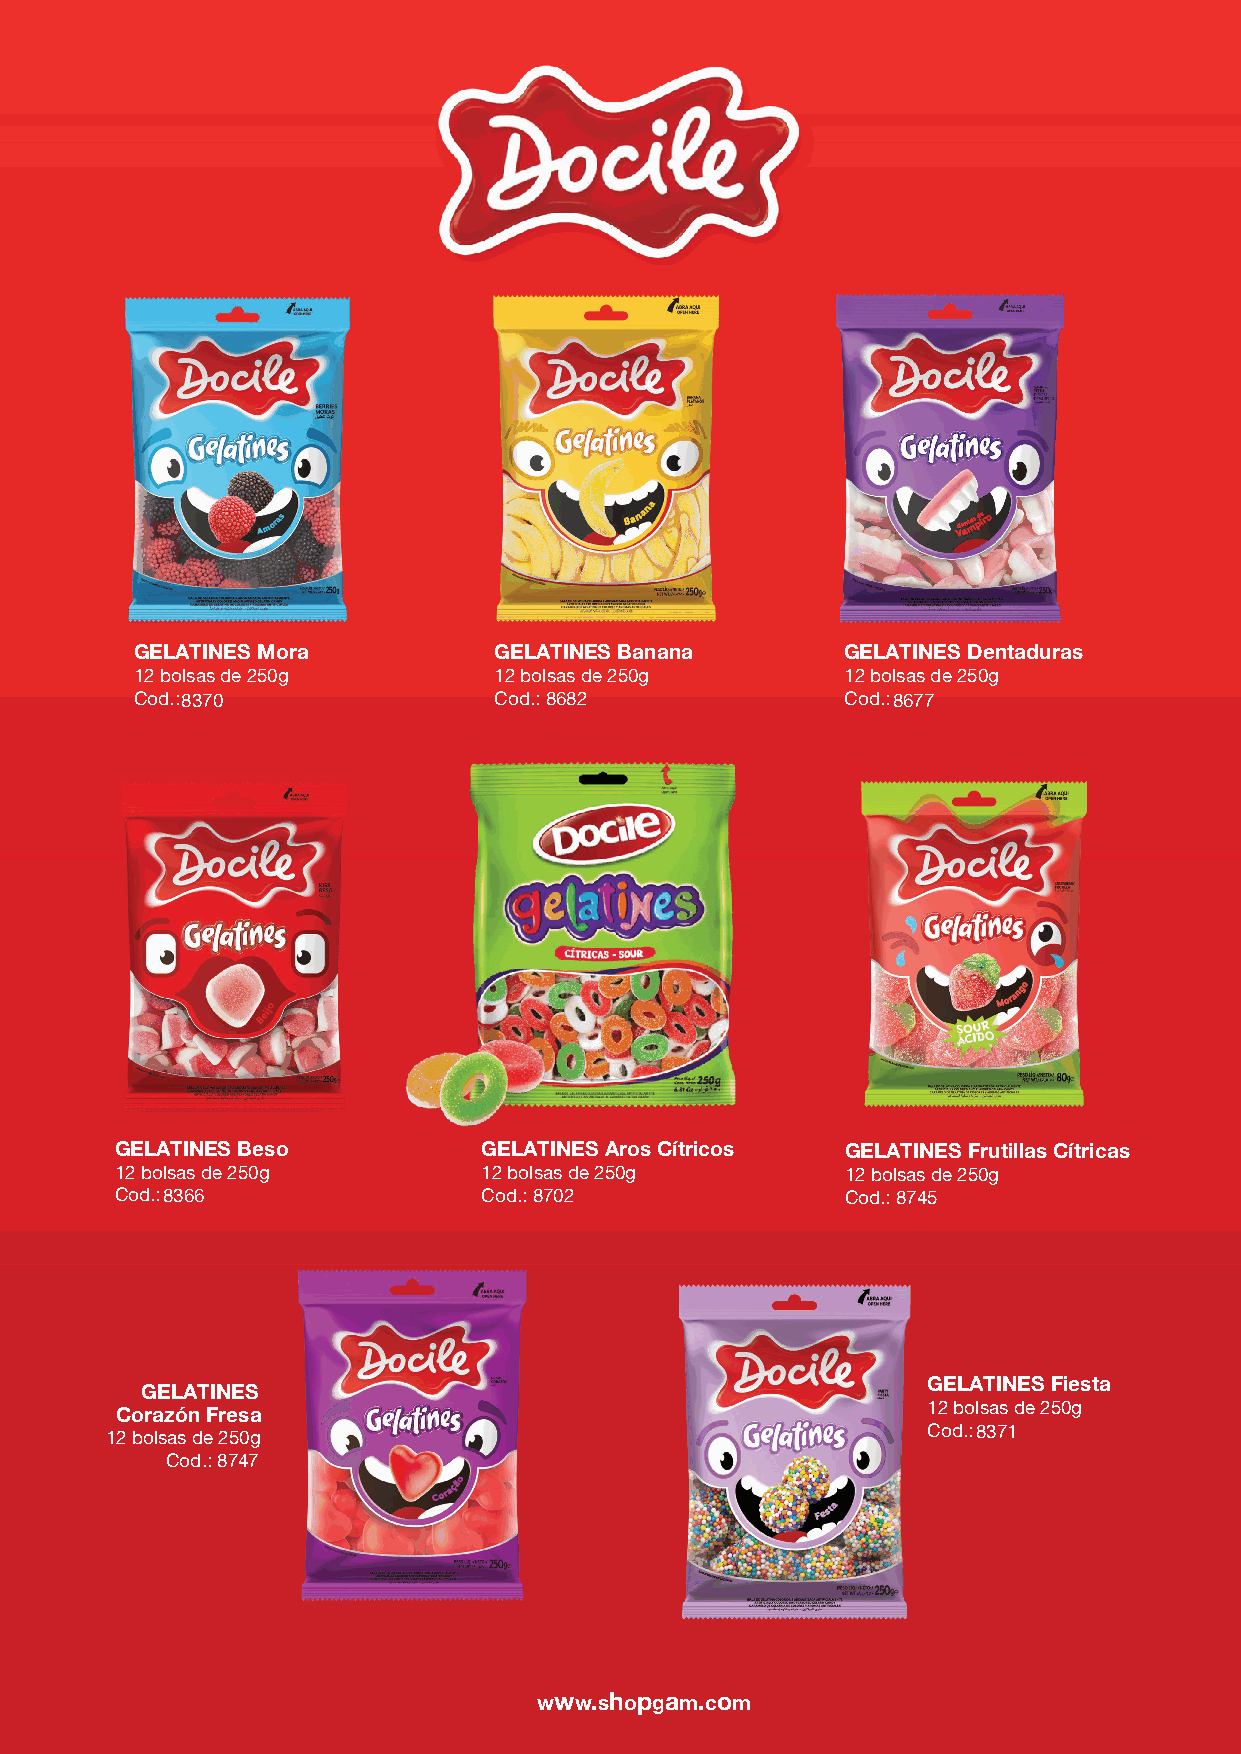
GELATINES Mora          GELATINES Banana       GELATINES Dentaduras
 12 bolsas de 250g       12 bolsas de 250g      12 bolsas de 250g
 Cod.: 8370              Cod.: 8682             Cod.:8677
 GELATINES Beso          GELATINES Aros Cítricos GELATINES Frutillas Cítricas
 12 bolsas de 250g       12 bolsas de 250g       12 bolsas de 250g
 Cod.: 8366              Cod.: 8702              Cod.: 8745
 GELATINES Fiesta
 GELATINES
 Corazón Fresa                                        12 bolsas de 250g
 Cod.:8371
 12 bolsas de 250g
 Cod.: 8747
 www.shopgam.com